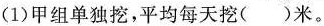
(1)甲组单独挖，平均每天挖( )米。